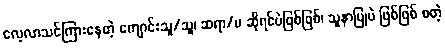
လေ့လာသင်ကြားနေတဲ့ ကျောင်းသူ/သူ၊ ဆရာ/မ ဆိုရင်ပဲဖြစ်ဖြစ်၊ သူနာပြုပဲ ဖြစ်ဖြစ် စတဲ့